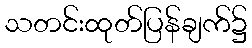
သတင်းထုတ်ပြန်ချက်၌